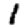
Digit: 1